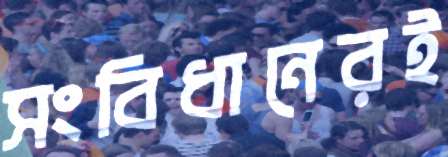
সংবিধানেরই